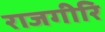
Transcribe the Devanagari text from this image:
राजगीरि